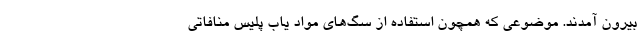
بیرون آمدند. موضوعی که همچون استفاده از سگ‌های مواد یاب پلیس منافاتی